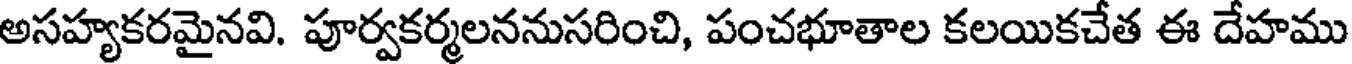
అసహ్యకరమైనవి. పూర్వకర్మలననుసరించి, పంచభూతాల కలయికచేత ఈ దేహము